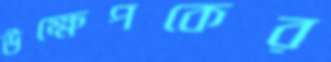
উক্ষেপকের